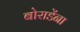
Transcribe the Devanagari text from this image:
बोराडेंना